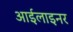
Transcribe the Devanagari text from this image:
आईलाइनर